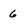
Character: 6